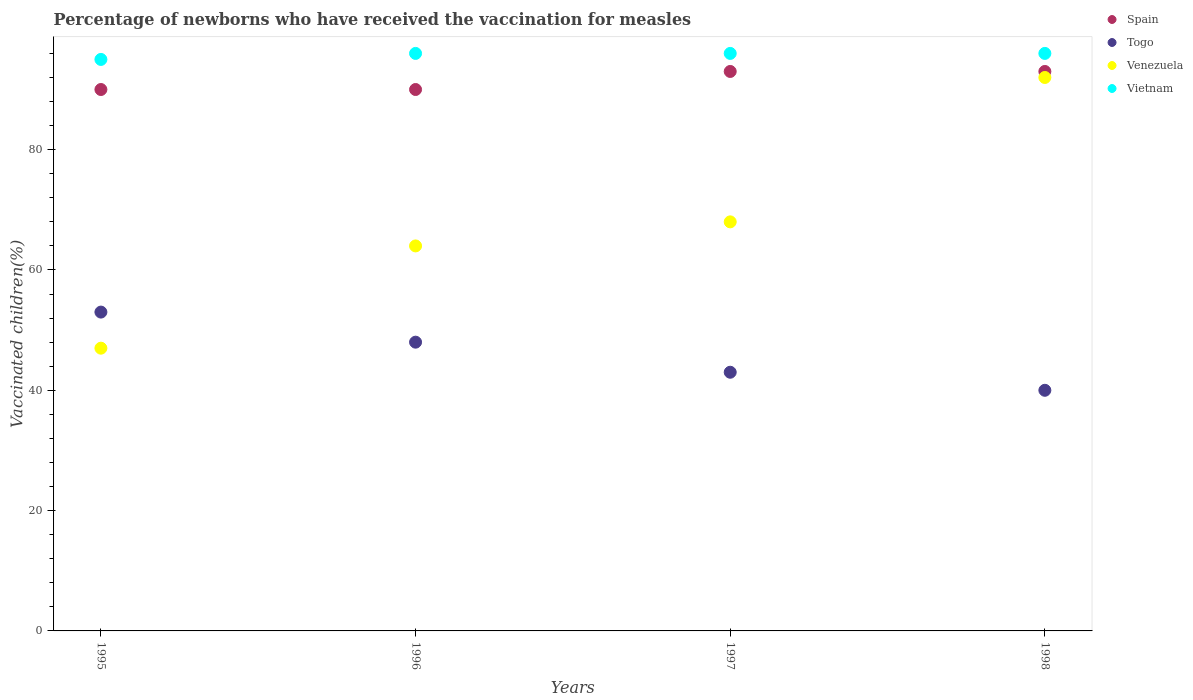
| Years | Spain | Togo | Venezuela | Vietnam |
 | --- | --- | --- | --- | --- |
 | 1995 | 90 | 53 | 47 | 95 |
 | 1996 | 90 | 48 | 64 | 96 |
 | 1997 | 93 | 43 | 68 | 96 |
 | 1998 | 93 | 40 | 92 | 96 |